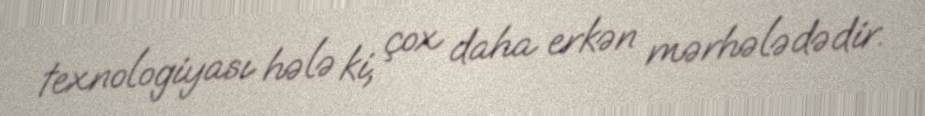
texnologiyası hələ ki, çox daha erkən mərhələdədir.